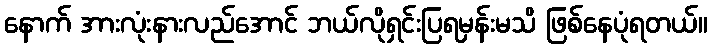
နောက် အားလုံးနားလည်အောင် ဘယ်လိုရှင်းပြရမှန်းမသိ ဖြစ်နေပုံရတယ်။